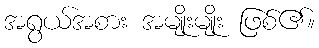
အရွယ်အစား အမျိုးမျိုး ဖြစ်၏။